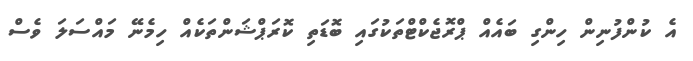
އެ ކުންފުނިން ހިންގި ބައެއް ޕްރޮޖެކްޓްތަކުގައި ބޮޑަތި ކޮރަޕްޝަންތަކެއް ހިމެނޭ މައްސަލަ ވެސް